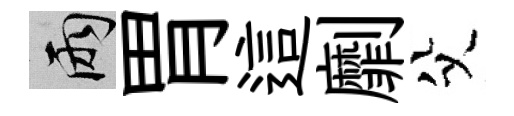
兩胃這劘父